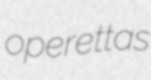
operettas